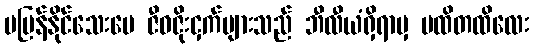
မပြန်နိုင်သေးပေ ဇီဝဇိုးငှက်များသည် ဘီလီယံရှိရာမှ မထိတထိလေး